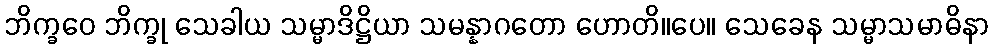
ဘိက္ခဝေ ဘိက္ခု သေခါယ သမ္မာဒိဋ္ဌိယာ သမန္နာဂတော ဟောတိ။ပေ။ သေခေန သမ္မာသမာဓိနာ